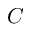
C